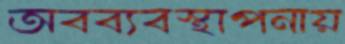
অবব্যবস্থাপনায়